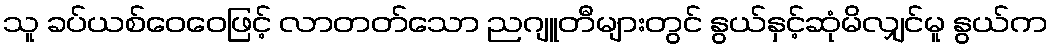
သူ ခပ်ယစ်ဝေဝေဖြင့် လာတတ်သော ညဂျူတီများတွင် နွယ်နှင့်ဆုံမိလျှင်မူ နွယ်က